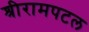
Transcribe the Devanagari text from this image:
श्रीरामपटल